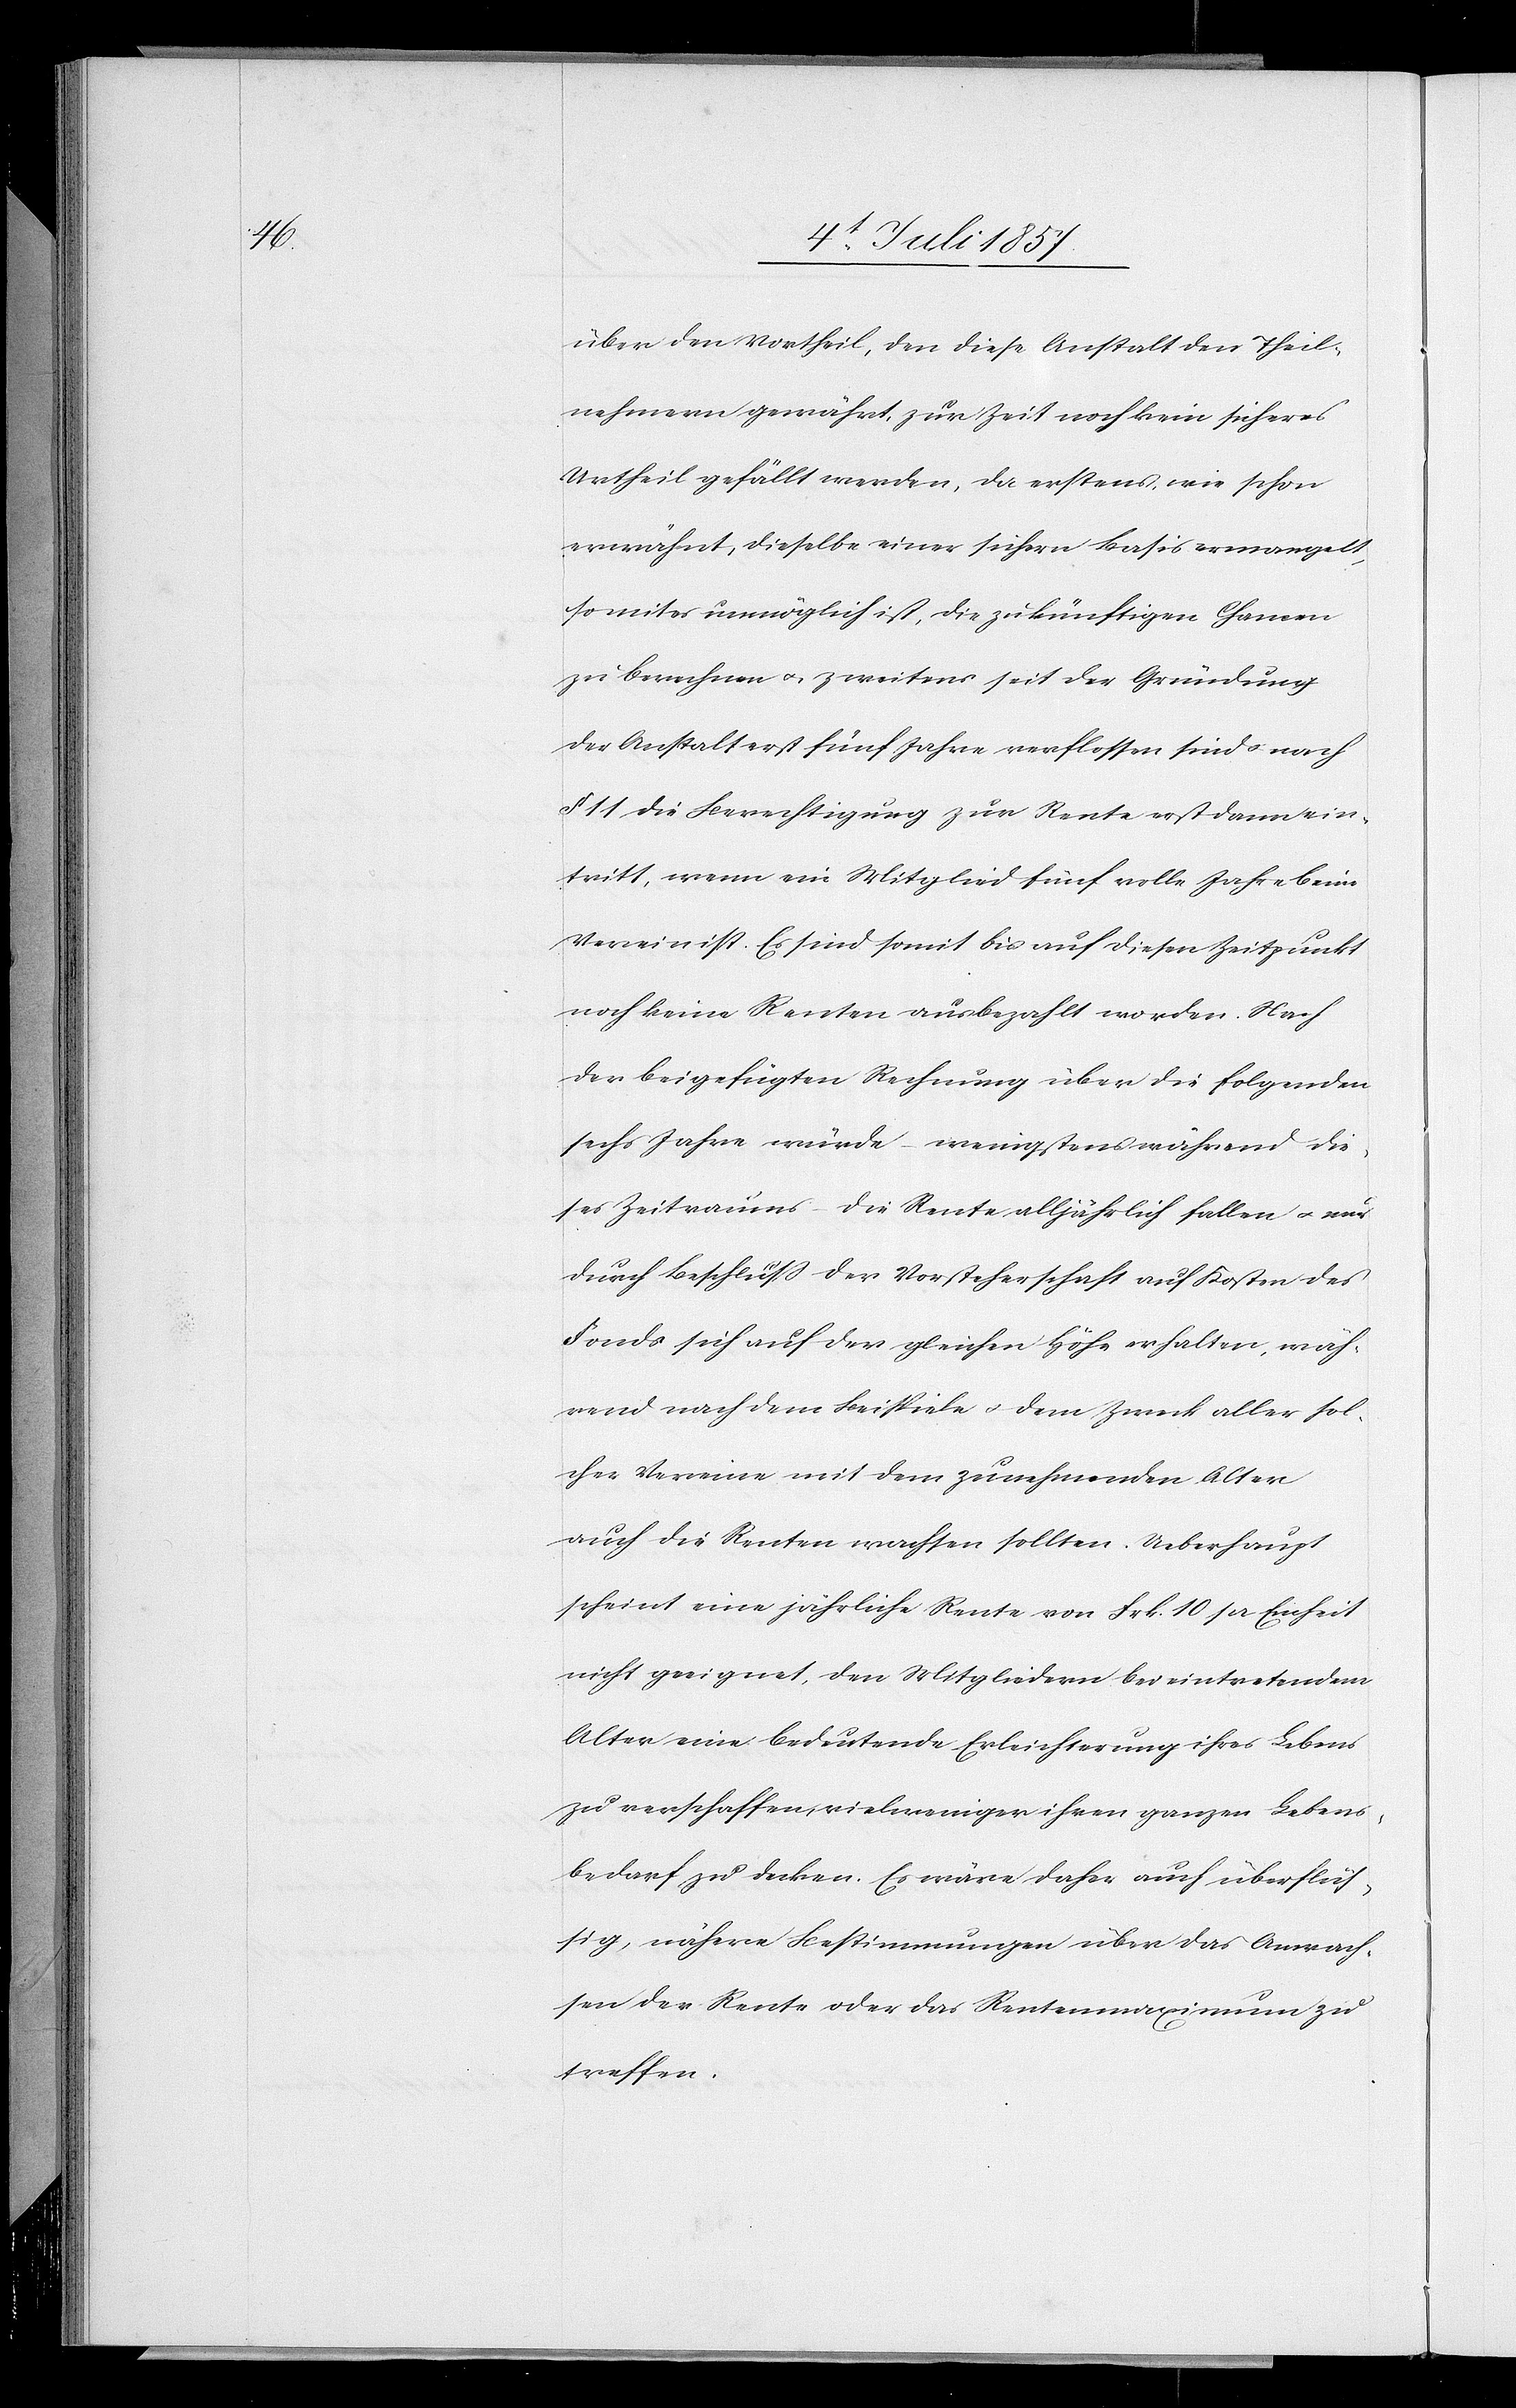
über den Vortheil, den diese Anstalt den Theil¬
nehmern gewährt, zur Zeit noch kein sicheres
Urtheil gefällt werden, da erstens wie schon
erwähnt, dieselbe einer sichern Basis ermangelt,
so mit es unmöglich ist, die zukünftigen Chamen
zu berechnen & zweitens seit der Gründung
der Anstalt erst fünf Jahre verflossen sind & nach
§ 11 die Berechtigung zur Rente erst dann ein¬
tritt, wenn ein Mitglied fünf volle Jahre beim
Verein ist. Es sind somit bis auf diesen Zeitpunkt
noch keine Renten ausbezahlt worden. Nach
der beigefügten Rechnung über die folgenden
sechs Jahre würde wenigstens während die¬
ses Zeitraums die Rente alljährlich fallen & neu
durch Beschluß der Vorsteherschaft auf Kosten des
Fonds sich auf der gleichen Höhe erhalten, wäh¬
rend nach dem Beispiele & dem Zweck aller sol¬
cher Vereine mit dem zunehmenden Alter
auch die Renten wachsen sollten. Ueberhaupt
scheint eine jährliche Rente von Frk. 10 pr. Einheit
nicht geeignet, den Mitgliedern bei eintretendem
Alter eine bedeutende Erleichterung ihres Lebens
zu verschaffen, viel weniger ihren ganzen Lebens¬
bedarf zu decken. Es wäre daher auch überflüs¬
sig, nähere Bestimmungen über das Anwach¬
sen der Rente oder das Rentenmaximum zu
treffen.